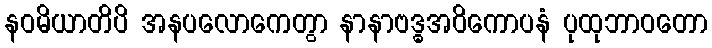
နဝမိယာတိပိ အနပလောကေတွာ နာနာဗဒ္ဓအဝိကောပနံ ပုထုဘာဝတော